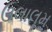
ઉલાલૂમ